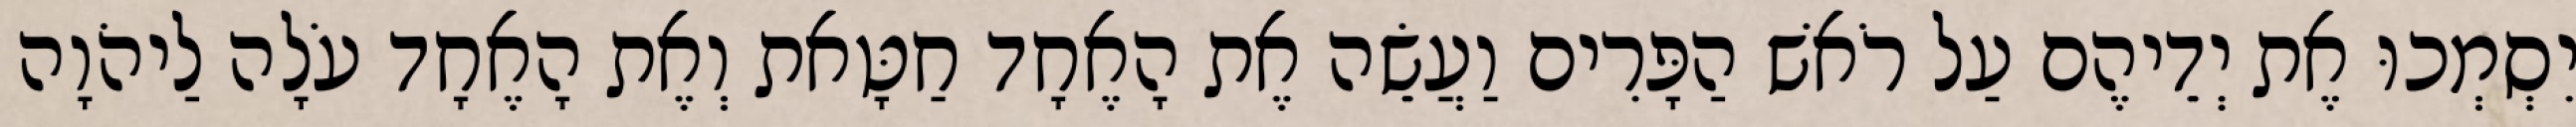
יִסְמְכוּ אֶת יְדֵיהֶם עַל רֹאשׁ הַפָּרִים וַעֲשֵׂה אֶת הָאֶחָד חַטָּאת וְאֶת הָאֶחָד עֹלָה לַיהֹוָה